Annual administration report of the Bombay Presidency - 1887-1892
Year: 1887
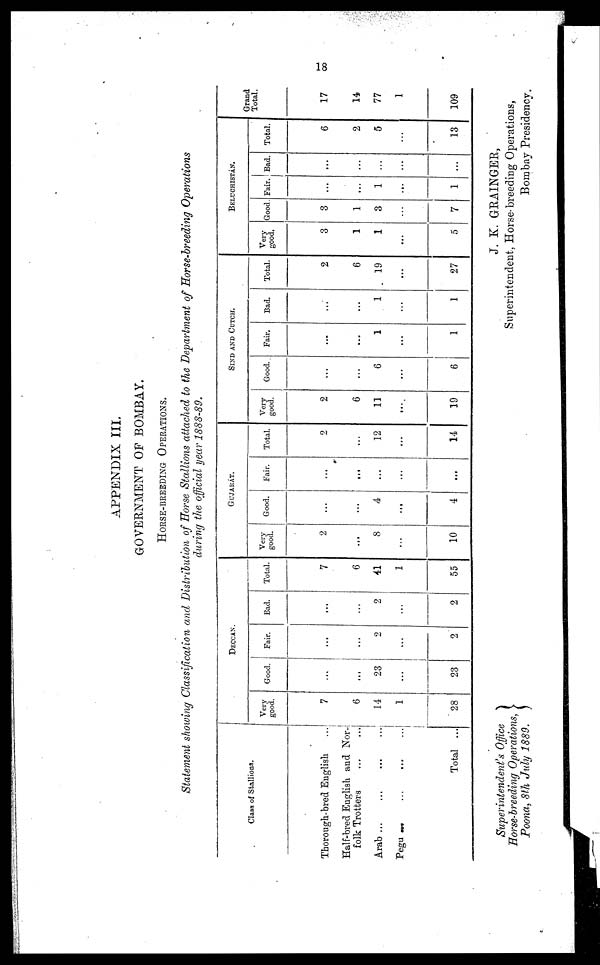
18
APPENDIX III.
GOVERNMENT OF BOMBAY.
HORSE-BREEDING OPERATIONS.
Statement showing Classification and Distribution of Horse Stallions attached to the Department of Horse-breeding Operations
during the official year 1888-89.
Class of Stallions.
Thorough-bred English ...
Half-bred English and Nor-
folk Trotters
...
...
Arab
...
...
...
...
Pegu
...
...
...
...
Total ...
DECCAN.
Very
good.
7
6
14
1
28
Good.
...
...
23
...
23
Fair.
...
...
2
...
2
Bad.
...
...
2
...
2
Total.
7
6
41
1
55
GUJARAT.
Very
good.
2
...
8
...
10
Good.
...
...
4
...
4
Fair.
...
...
...
...
...
Total.
2
...
12
...
14
SIND AND CUTCH.
Very
good.
2
6
11
...
19
Good.
...
...
6
...
6
Fair.
...
...
1
...
1
Bad.
...
...
1
...
1
Total.
2
6
19
...
27
BELUCHISTAN.
Very
good.
3
1
1
...
5
Good
3
1
3
7
Fair.
...
...
1
...
1
Bad.
...
...
...
...
...
Total.
6
2
5
...
13
Grand
Total.
17
14
77
1
109
Superintendent's Office
Horse-breeding Operations,
Poona, 8th July 1889.
J. K. GRAINGER,
Superintendent, Horse-breeding Operations,
Bombay Presidency.